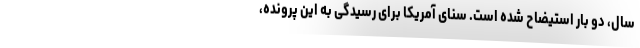
سال، دو بار استیضاح شده است. سنای آمریکا برای رسیدگی به این پرونده،